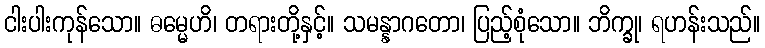
ငါးပါးကုန်သော။ ဓမ္မေဟိ၊ တရားတို့နှင့်။ သမန္နာဂတော၊ ပြည့်စုံသော။ ဘိက္ခု၊ ရဟန်းသည်။